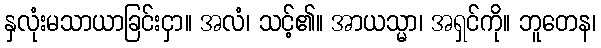
နှလုံးမသာယာခြင်းငှာ။ အလံ၊ သင့်၏။ အာယသ္မာ၊ အရှင်ကို။ ဘူတေန၊